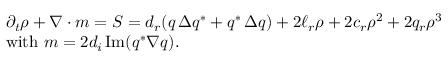
{ \begin{array} { r l } & { \partial _ { t } \rho + \nabla \cdot { \boldsymbol { m } } = S = d _ { r } ( q \, \Delta q ^ { \ast } + q ^ { \ast } \, \Delta q ) + 2 \ell _ { r } \rho + 2 c _ { r } \rho ^ { 2 } + 2 q _ { r } \rho ^ { 3 } } \\ & { { \mathrm { w i t h ~ } } { \boldsymbol { m } } = 2 d _ { i } \operatorname { I m } ( q ^ { \ast } \nabla q ) . } \end{array} }